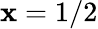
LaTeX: \mathbf{x}=1/2